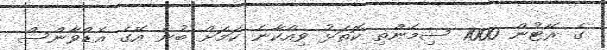
ގެ ރޭޓުން 1000 ސިމެންތި ކޮތަޅު ވިއްކާނެ ކަމަށް ބުނެ އޭގެ އެޑްވާންސް